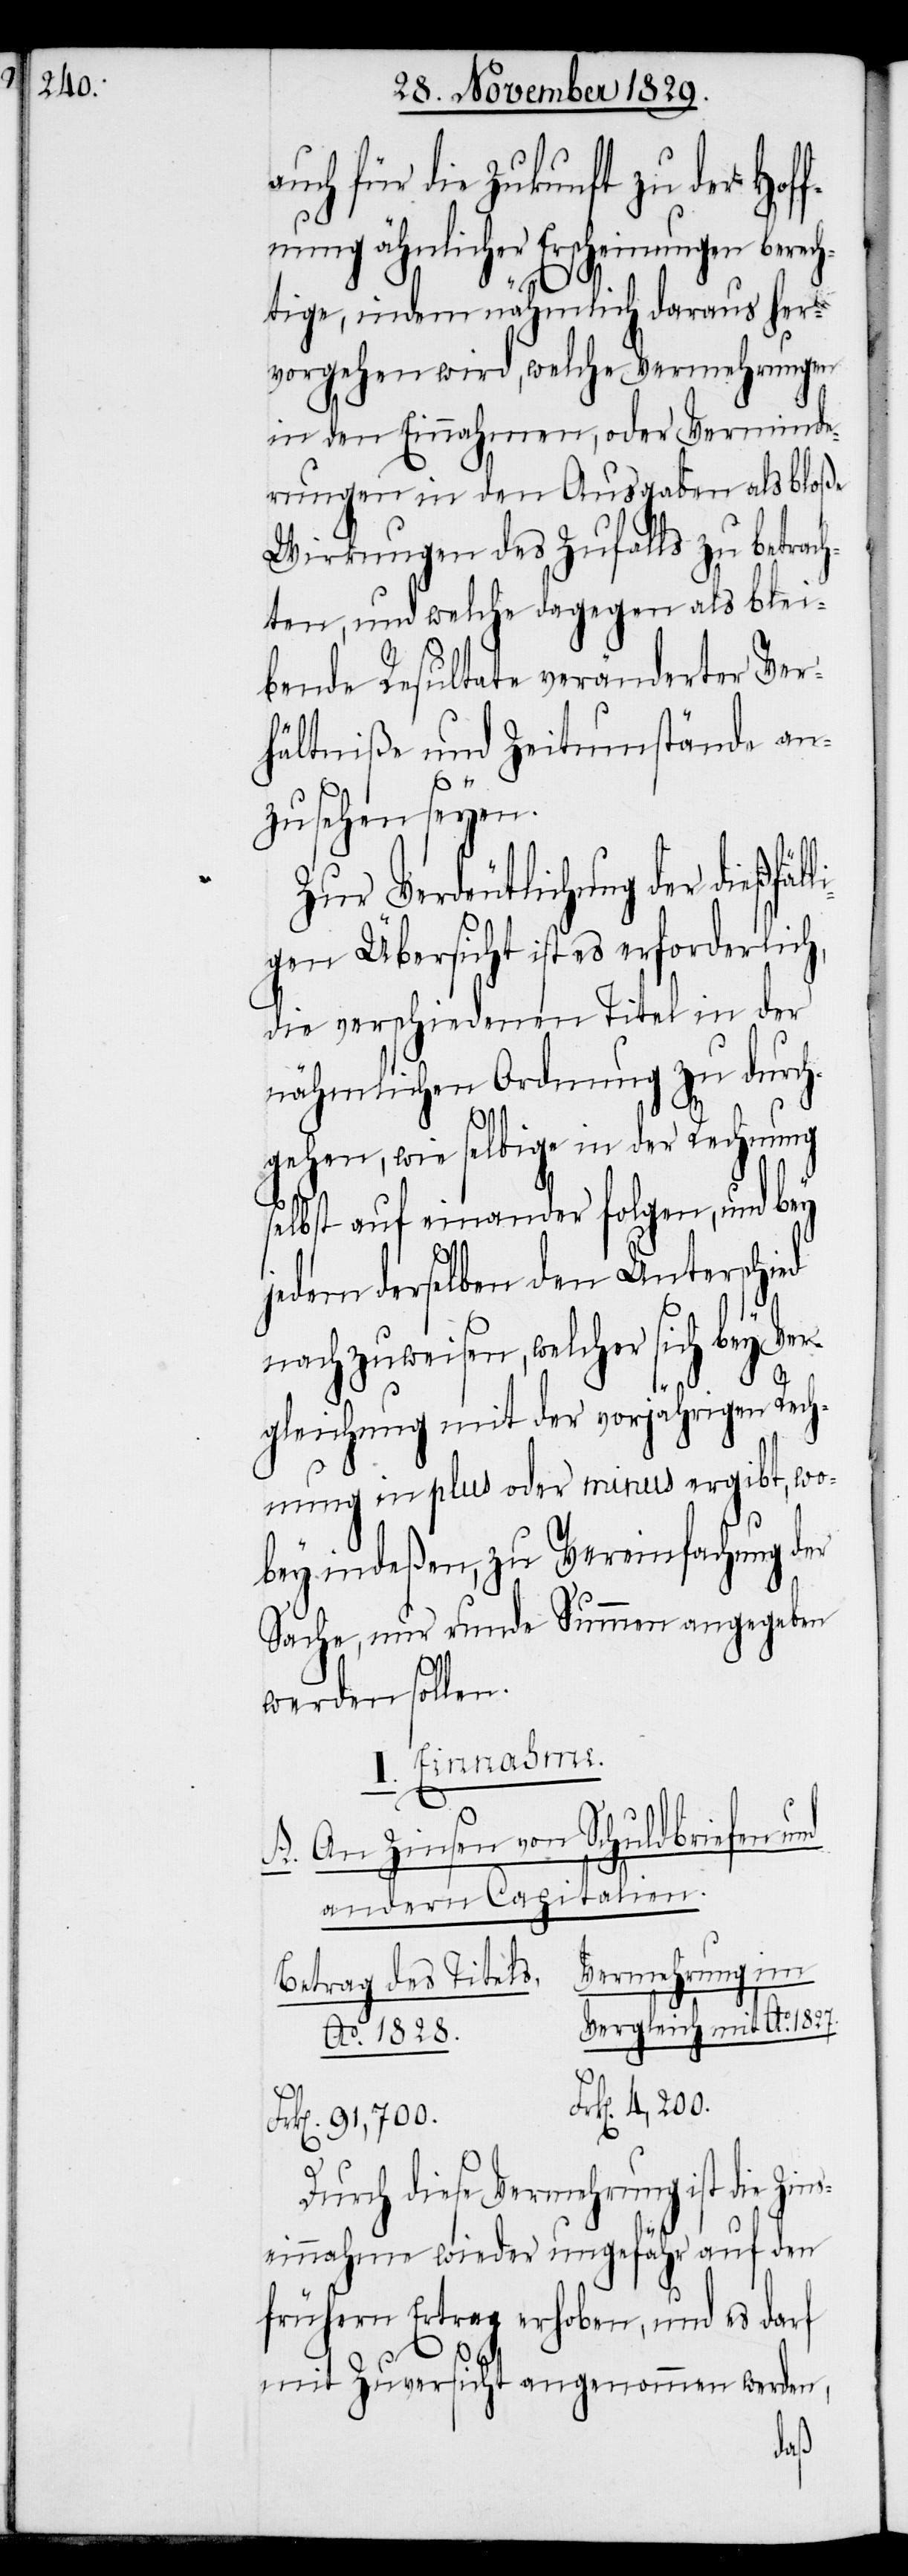
auch für die Zukunft zu der Hof¬
fnung ähnlicher Erscheinungen berech¬
tige, indem nähmlich daraus her¬
vorgehen wird, welche Vermehrungen
in den Einnahmen, oder Verminde¬
rungen in den Ausgaben als bloße
Wirkungen des Zufalls zu betrach¬
ten, und welche dagegen als blei¬
bende Resultate veränderter Ver¬
hältniße und Zeitumstände an¬
Fr¬
zusehen seyen.
Zur Verdeutlichung der dießfäl¬
igen Übersicht ist es erforderlich,
die verschiedenen Titel in der
nähmlichen Ordnung zu durch¬
gehen, wie selbige in der Rechnung
selbst auf einander folgen, und bey
jedem derselben den Unterschied
nachzuweisen, welcher sich bey Ver¬
gleichung mit der vorjährigen Rech¬
nung in plus oder minus ergibt, wo¬
bey indeßen, zu Vereinfachung der
Sache, nur runde Summen angegeben
werden sollen.
I. Einnahme.
A. An Zinsen von Schuldbriefen und
andern Capitalien.
Vermehrung im
Betrag des Titels.
Ao. 1827.
k[en]. 91,700.
Durch diese Vermehrung ist die Zins¬
einnahme wieder ungefähr auf den
frühern Ertrag erhoben, und es darf
mit Zuversicht angenommen werden,